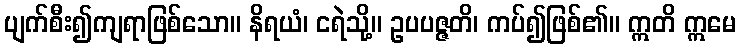
ပျက်စီး၍ကျရာဖြစ်သော။ နိရယံ၊ ငရဲသို့။ ဥပပဇ္ဇတိ၊ ကပ်၍ဖြစ်၏။ ဣတိ ဣမေ